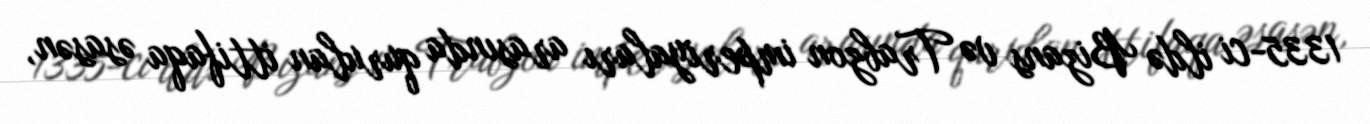
1335-ci ildə Bizans və Trabzon imperiyaları arasında qurulan ittifaqa əsasən,